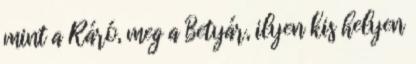
mint a Ráró, meg a Betyár, ilyen kis helyen